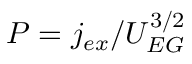
P = j _ { e x } / U _ { E G } ^ { 3 / 2 }